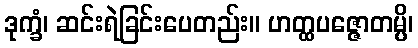
ဒုက္ခံ၊ ဆင်းရဲခြင်းပေတည်း။ ဟတ္ထပဇ္ဇောတမ္ပိ၊